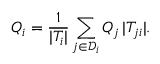
Q _ { i } = \frac { 1 } { | T _ { i } | } \sum _ { j \in \mathcal { D } _ { i } } Q _ { j } \, | T _ { j i } | .